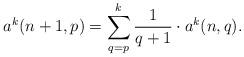
LaTeX: \begin{align*} a^k(n+1,p) = \sum_{q=p}^k \frac1{q+1} \cdot a^k(n,q).\end{align*}